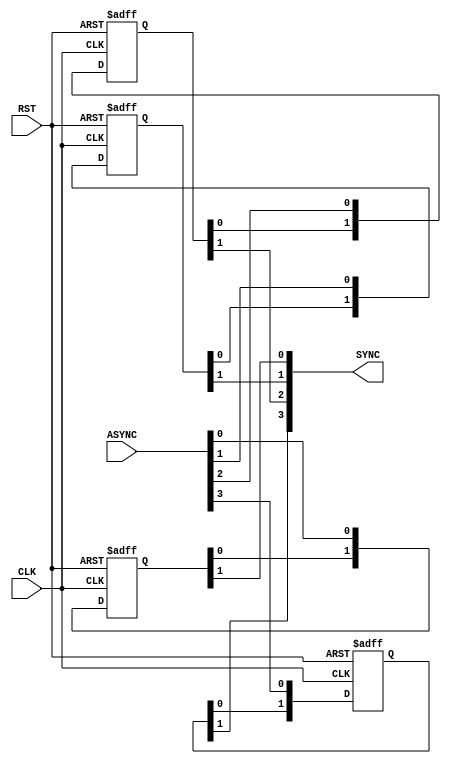
module FIFO_DF_SYNC #(
    // Parameters
    parameter NUM_STAGES = 2,
    parameter BUS_WIDTH = 4
)(
    // I/O Ports
    input  wire CLK, RST,
    input  wire [BUS_WIDTH - 1 : 0] ASYNC,
    output reg  [BUS_WIDTH - 1 : 0]  SYNC
);

// Internal signal
integer i;
reg [NUM_STAGES - 1 : 0] internal_BIT [BUS_WIDTH - 1 : 0];

// Synchronize asynchronous signals to avoid CDC issues
always @(posedge CLK or negedge RST) begin
    // Active Low Asynchronous Reset
    if(!RST) begin
        for (i = 0 ; i < BUS_WIDTH ; i = i + 1) begin
            internal_BIT[i] <= 'b0;
        end   
    end
    else begin
        for(i = 0 ; i < BUS_WIDTH ; i = i + 1) begin
           internal_BIT[i] <= {internal_BIT[i][NUM_STAGES - 2 : 0],ASYNC[i]}; 
        end 
    end
end

// The OutPut
always @(*) begin
    for(i = 0 ; i < BUS_WIDTH ; i = i + 1) begin
        SYNC[i] = internal_BIT[i][NUM_STAGES - 1];
    end
end

endmodule